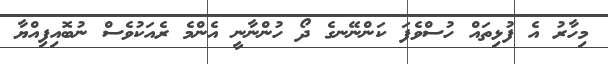
މިހާރު އެ ފުޅިތައް ހުސްވެފަ ކަންނޭނގެ ދޯ ހުންނާނީ އެންމެ ރެއަކުވެސް ނުބޮއިފިއްޔާ